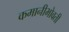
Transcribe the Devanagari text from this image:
कमानीभोवती